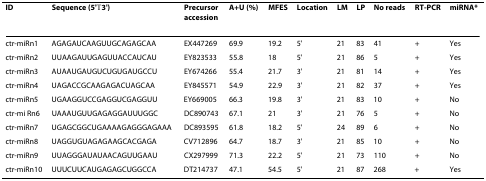
<table><thead><tr><td><b>ID</b></td><td><b>Sequence (5&#x27;→3&#x27;)</b></td><td><b>Precursor accession</b></td><td><b>A+U (%)</b></td><td><b>MFES</b></td><td><b>Location</b></td><td><b>LM</b></td><td><b>LP</b></td><td><b>No reads</b></td><td><b>RT-PCR</b></td><td><b>miRNA*</b></td></tr></thead><tbody><tr><td>ctr-miRn1</td><td>AGAGAUCAAGUUGCAGAGCAA</td><td>EX447269</td><td>69.9</td><td>19.2</td><td>5&#x27;</td><td>21</td><td>83</td><td>41</td><td>+</td><td>Yes</td></tr><tr><td>ctr-miRn2</td><td>UUAAGAUUGAGUUACCAUCAU</td><td>EY823533</td><td>55.8</td><td>18</td><td>5&#x27;</td><td>21</td><td>86</td><td>5</td><td>+</td><td>Yes</td></tr><tr><td>ctr-miRn3</td><td>AUAAUGAUGUCUGUGAUGCCU</td><td>EY674266</td><td>55.4</td><td>21.7</td><td>3&#x27;</td><td>21</td><td>81</td><td>14</td><td>+</td><td>Yes</td></tr><tr><td>ctr-miRn4</td><td>UAGACCGCAAGAGACUAGCAA</td><td>EY845571</td><td>54.9</td><td>22.9</td><td>3&#x27;</td><td>21</td><td>82</td><td>37</td><td>+</td><td>Yes</td></tr><tr><td>ctr-miRn5</td><td>UGAAGGUCCGAGGUCGAGGUU</td><td>EY669005</td><td>66.3</td><td>19.8</td><td>3&#x27;</td><td>21</td><td>83</td><td>10</td><td>+</td><td>No</td></tr><tr><td>ctr-mi Rn6</td><td>UAAAUGUUGAGAGGAUUUGGC</td><td>DC890743</td><td>67.1</td><td>21</td><td>3&#x27;</td><td>21</td><td>76</td><td>5</td><td>+</td><td>No</td></tr><tr><td>ctr-miRn7</td><td>UGAGCGGCUGAAAAGAGGGAGAAA</td><td>DC893595</td><td>61.8</td><td>18.2</td><td>5&#x27;</td><td>24</td><td>89</td><td>6</td><td>+</td><td>No</td></tr><tr><td>ctr-miRn8</td><td>UAGGUGUAGAGAAGCACGAGA</td><td>CV712896</td><td>64.7</td><td>18.7</td><td>3&#x27;</td><td>21</td><td>85</td><td>10</td><td>+</td><td>No</td></tr><tr><td>ctr-miRn9</td><td>UUAGGGAUAUAACAGUUGAAU</td><td>CX297999</td><td>71.3</td><td>22.2</td><td>5&#x27;</td><td>21</td><td>73</td><td>110</td><td>+</td><td>No</td></tr><tr><td>ctr-miRn10</td><td>UUUCUUCAUGAGAGCUGGCCA</td><td>DT214737</td><td>47.1</td><td>54.5</td><td>5&#x27;</td><td>21</td><td>87</td><td>268</td><td>+</td><td>Yes</td></tr></tbody></table>